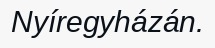
Nyíregyházán.